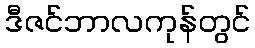
ဒီဇင်ဘာလကုန်တွင်